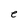
Character: e